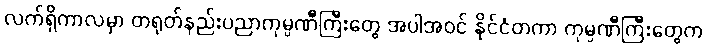
လက်ရှိကာလမှာ တရုတ်နည်းပညာကုမ္ပဏီကြီးတွေ အပါအဝင် နိုင်ငံတကာ ကုမ္ပဏီကြီးတွေက